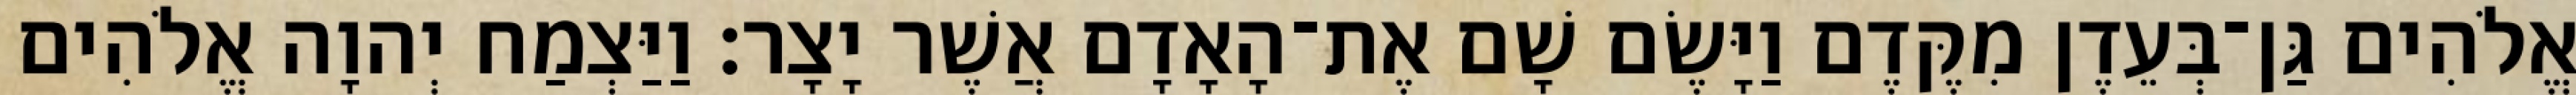
אֱלֹהִים גַּן־בְּעֵדֶן מִקֶּדֶם וַיָּשֶׂם שָׁם אֶת־הָאָדָם אֲשֶׁר יָצָר׃ וַיַּצְמַח יְהוָה אֱלֹהִים